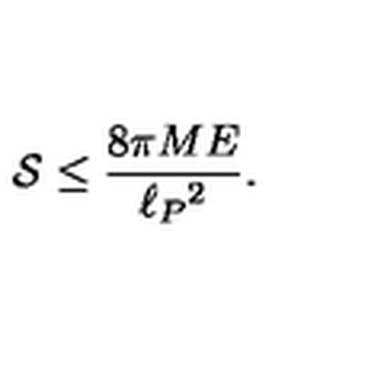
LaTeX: { \cal S } \leq { \frac { 8 \pi M E } { \ell _ { P } { } ^ { 2 } } } .